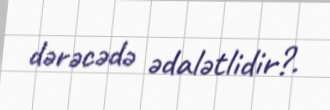
dərəcədə ədalətlidir?.